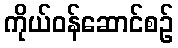
ကိုယ်ဝန်ဆောင်စဉ်